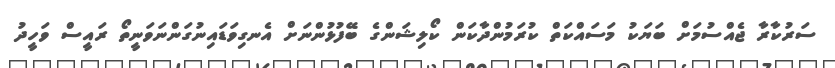
ސަރުކާރާ ޖެއްސުމަށް ބަޔަކު މަސައްކަތް ކުރަމުންދާކަން ކޯލިޝަންގެ ބޭފުޅުންނަށް އެނގިވަޑައިނުގަންނަވަނީތޯ ރައީސް ވަހީދު